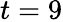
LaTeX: t=9